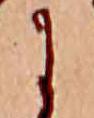
に